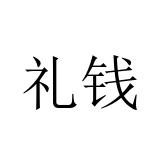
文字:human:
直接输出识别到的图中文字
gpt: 礼钱